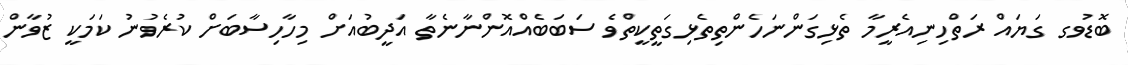
ބޮޑުވގ ގަޔައް ރަތްހިނިއެރީމާ ތެޅިގަންނަހެންތިތެޅިގަތީކީތްވެ ސަބަބެއްއޮންނާނެތާ އަދީބުއަށް މިހާހިސާބަށް ކުރެވުނު ކަމަކީ ޒުވާން